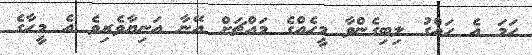
ހަމަ އެ ހައްގު ލިބިގެންވާ މީހެއްގެ މައްޗަށް އޭނާ އަނިޔާވެރިވެ އެ މީހާގެ